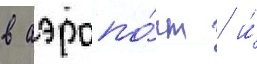
в аэропо́рт / и́